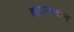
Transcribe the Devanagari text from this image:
ब्राउनस्टोन